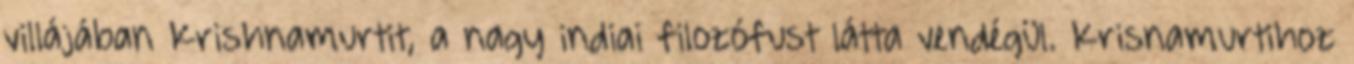
villájában Krishnamurtit, a nagy indiai filozófust látta vendégül. Krisnamurtihoz